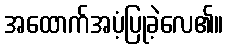
အထောက်အပံ့ပြုခဲ့လေ၏။